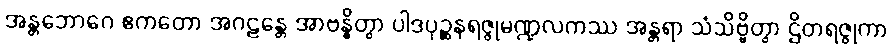
အန္တဘောဂေ ဧကတော အဂဠန္တေ အာဗန္ဓိတွာ ပါဒပုဉ္ဆနရဇ္ဇုမဏ္ဍလကဿ အန္တရာ သံသိဗ္ဗိတွာ ဌိတရဇ္ဇုကာ